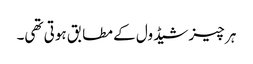
ہر چیز شیڈول کے مطابق ہوتی تھی۔